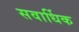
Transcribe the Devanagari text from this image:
सवार्धिक